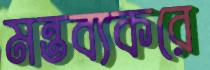
মন্তব্যকরে